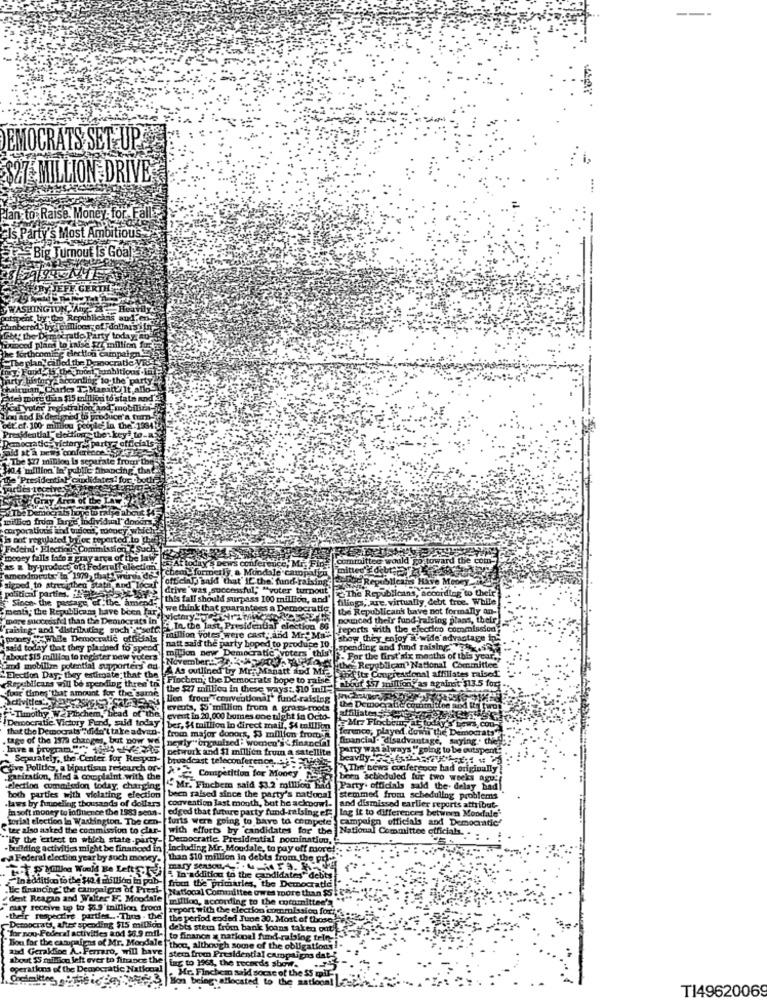
DEMOCRATS SET UPE
$27 MILLION DRIVE
Plan to Raise Money for Fall
Party's Most Ambitious y
Big Turnout Is Goal
199
dollars in
todayiaD
tious .It
mobiliza-
d'a turn-
the 1984
ty-to-a
officials
l'doncr
corporation
cy which!
oft cin]
drive"
miljon new Democratic, voters this
bout $15 million to register new voters
November ....
r the first'six months of this year.
and mobillmn potential supporters ad.
As outlined by Mr. Manatt and Mia
the'ltr Congressional affiliates raised
Republican' National Committee
"Election Day, they estimate that the
Republicans will be spending thres'tr
Finchem; the Democrats bope to raise
bout 57 million , as against $13.5 fort .
four times"that amount for the same
the $27 million in these ways :. $10 mil-
lion from"conventional' fund-raising
Timothy Wz Plochem, head
Evers, S'million from a grass-roots
the Demografie Committee aod int
affiliates
Democratic Victory Fund, sud today
event in 20,000 bumes one night in Octo-
Mpz Plrxcbein, at
ferenco, played.down the Den
tage of the 1979 changes, but now we
that the Democrats "didn't take advan- from major donors, $3 million from A
newly"enmulzed : women's financial
financial- disadvantage, saying . the
Inve a program."w"; 1550 Here's |network and $1 million frum a satellite
Pany wasalways "going to be outspent"
Separately, the Center for Respon-
benvily 57 .
broadcast teleconference.25
The news conference had originally
Give Politie, a bipurtime research of- XP? Competition for Money 5
gatiration, filed a cooplaint with the
been scheduled fur two weeks agu:
.election cumaisdon today, charging
" Mr. Finchem said $3.2 million had Party. officials said the delay had
both parties with violating election
-laws by funnellag thousands of dollars
been raised since the party's national stemmed from scheduling problems
convention last month, but he acknow !-
ja soft money to influence the 1983 senn-
edged that future party fund-raising ef: lag it to differences between Mondale'
and dismissed earlier reports attribut-
torial election in Washington. The cen- furts were going to have to compete
campaign officials and Democratic'
" tex also asked the commission to clar-
with efforts by "candidates for the
National Committee officials ..
"My the ertect to which state.party-[ Democratic, Presidential pomination,
- building activities might be financed in |Including Mr. Mondale, to pay off more!"
na Federal election year by such money.
than $10 million In debts from the Pres
mary season. ... 4-MF3. -
tyka Would Be Left die In addition to the candidates" debts
In addition to the $40. 4 million in pab-
from the primaries, the Democratic
.Tic financing" the campaigns of Paral |Natlocal Committee owes more than $SI
dent Reagan and Walter F. Moodale
million, according to the cocomittee's
"may receive top to $5.9 trillion from
report with the election commission for.6
.their respecire partier ... Thus . the the period ended June 30. Most of those
-Democrats, after spending $15 million |debts steun from bank loans taken out'
"for non-Federal activities and $6.9 mila to finance a national fund-rabalog trin-
and Geraking A .. Ferraro, will bave
Tion for the campaigns of Mr. Mondale | thon, although some of the obligations!
about $5 mail Son left ever to finance the
tag to 3968, the records she
stern from Presidential campaigns dat
operatkm of the Democratic Natkcal
Mr. Finches
ccol
T149620069